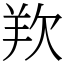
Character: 𭭋